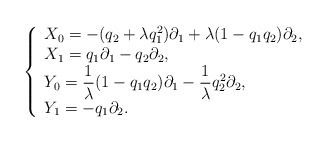
\begin{align*}\left\{ \begin{array}{l}X_{0}= - (q_{2} + \lambda q^{2}_{1} )\partial_{1}+ \lambda (1 - q_{1} q_{2} )\partial_{2} , \\X_{1}= q_{1} \partial_{1} - q_{2} \partial_{2} , \\Y_{0}= {\displaystyle \frac{1}{\lambda} } (1 - q_{1} q_{2} )\partial_{1} -{\displaystyle \frac{1}{\lambda} } q^{2}_{2} \partial_{2} , \\Y_{1}= - q_{1} \partial_{2} .\end{array}\right.\end{align*}